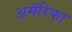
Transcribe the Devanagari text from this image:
अमॅरिका